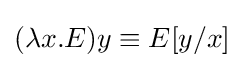
(\lambda x.E)y\equiv E[y/x]